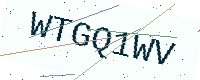
Text: WTGQ1WV